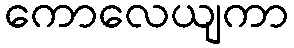
ကောလေယျကာ